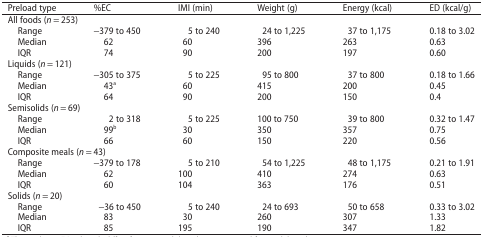
| Preload type | %EC | IMI (min) | Weight (g) | Energy (kcal) | ED (kcal/g) |
 | --- | --- | --- | --- | --- | --- |
 | <COLSPAN=6> All foods (n = 253) |
 | Range | −379 to 450 | 5 to 240 | 24 to 1,225 | 37 to 1,175 | 0.18 to 3.02 |
 | Median | 62 | 60 | 396 | 263 | 0.63 |
 | IQR | 74 | 90 | 200 | 197 | 0.60 |
 | <COLSPAN=6> Liquids (n = 121) |
 | Range | −305 to 375 | 5 to 225 | 95 to 800 | 37 to 800 | 0.18 to 1.66 |
 | Median | 43a | 60 | 415 | 200 | 0.45 |
 | IQR | 64 | 90 | 200 | 150 | 0.4 |
 | <COLSPAN=6> Semisolids (n = 69) |
 | Range | 2 to 318 | 5 to 225 | 100 to 750 | 39 to 800 | 0.32 to 1.47 |
 | Median | 99b | 30 | 350 | 357 | 0.75 |
 | IQR | 66 | 60 | 150 | 220 | 0.56 |
 | <COLSPAN=6> Composite meals (n = 43) |
 | Range | −379 to 178 | 5 to 210 | 54 to 1,225 | 48 to 1,175 | 0.21 to 1.91 |
 | Median | 62 | 100 | 410 | 274 | 0.63 |
 | IQR | 60 | 104 | 363 | 176 | 0.51 |
 | <COLSPAN=6> Solids (n = 20) |
 | Range | −36 to 450 | 5 to 240 | 24 to 693 | 50 to 658 | 0.33 to 3.02 |
 | Median | 83 | 30 | 260 | 307 | 1.33 |
 | IQR | 85 | 195 | 190 | 347 | 1.82 |